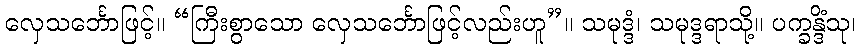
လှေသင်္ဘောဖြင့်။ “ကြီးစွာသော လှေသင်္ဘောဖြင့်လည်းဟူ”။ သမုဒ္ဒံ၊ သမုဒ္ဒရာသို့။ ပက္ခန္ဒိံသု၊